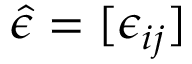
\hat { \epsilon } = [ \epsilon _ { i j } ]